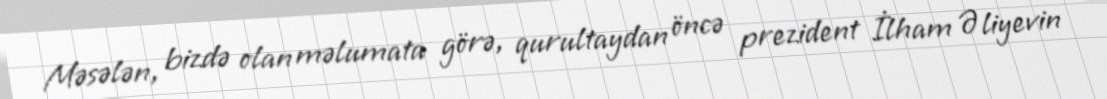
Məsələn, bizdə olan məlumata görə, qurultaydan öncə prezident İlham Əliyevin